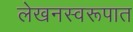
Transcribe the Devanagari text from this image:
लेखनस्वरूपात